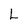
Character: L